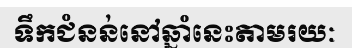
ទឹកជំនន់នៅឆ្នាំនេះតាមរយៈ